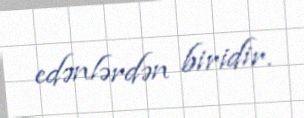
edənlərdən biridir.